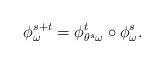
LaTeX: \begin{align*}\phi^{s + t}_\omega = \phi^t_{\theta^s \omega} \circ \phi^s_\omega. \end{align*}